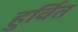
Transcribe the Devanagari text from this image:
हुर्वित